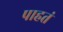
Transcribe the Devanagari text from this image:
पाहतं